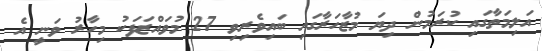
އަލިމަތާގައި ކުރަމުން ދިޔަ މުޒާހަރާގައި ބައިވެރިވި 27 މުވައްޒަފަކު މިހާރު ވަނީ އެ